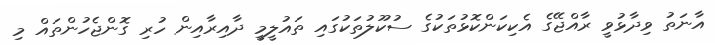
އާނަތު ވިދާޅުވީ ރާއްޖޭގެ އެކިކަންކޮޅުތަކުގެ ސުކޫލުތަކުގައި ތައުލީމީ ދާއިރާއިން ހުރި ގޮންޖެހުންތައް މި